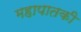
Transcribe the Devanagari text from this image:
महापातकी